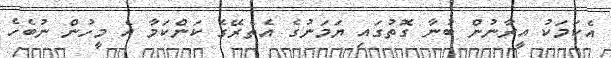
އެކަމަކު އީރާނުން ބުނާ ގޮތުގައި ޔަމަނުގެ އެތެރޭގެ ކަންކަމާ އެ މީހުން ނުބެހެ